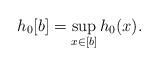
LaTeX: \begin{align*} h_{0}[b]=\sup_{x \in [b]}h_{0}(x).\end{align*}